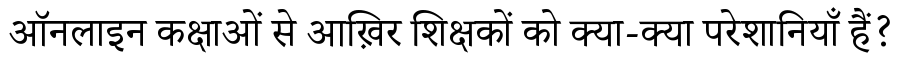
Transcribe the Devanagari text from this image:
ऑनलाइन कक्षाओं से आख़िर शिक्षकों को क्या-क्या परेशानियाँ हैं?